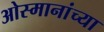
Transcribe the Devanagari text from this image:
ओस्मानांच्या